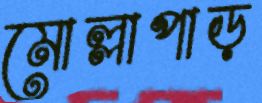
মোল্লাপাড়